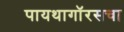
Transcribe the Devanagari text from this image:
पायथागॉरसचा